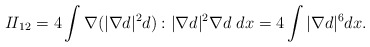
\begin{align*}{I\!I}_{12}=4\int \nabla(|\nabla d|^2 d):|\nabla d|^2 \nabla d \ dx=4\int |\nabla d|^6 dx.\end{align*}